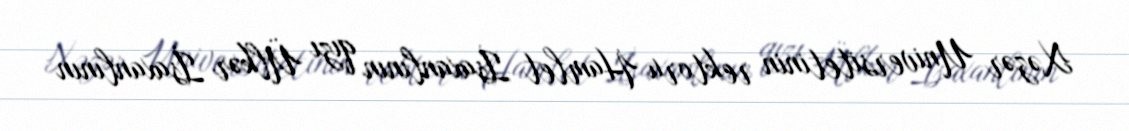
Xəzər Universitetinin rektoru Hamlet İsaxanlının qızı Ülkər İsaxanlının